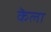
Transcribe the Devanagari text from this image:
कॆला